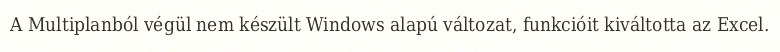
A Multiplanból végül nem készült Windows alapú változat, funkcióit kiváltotta az Excel.